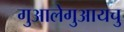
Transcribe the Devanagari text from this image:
गुआलेगुआयचु